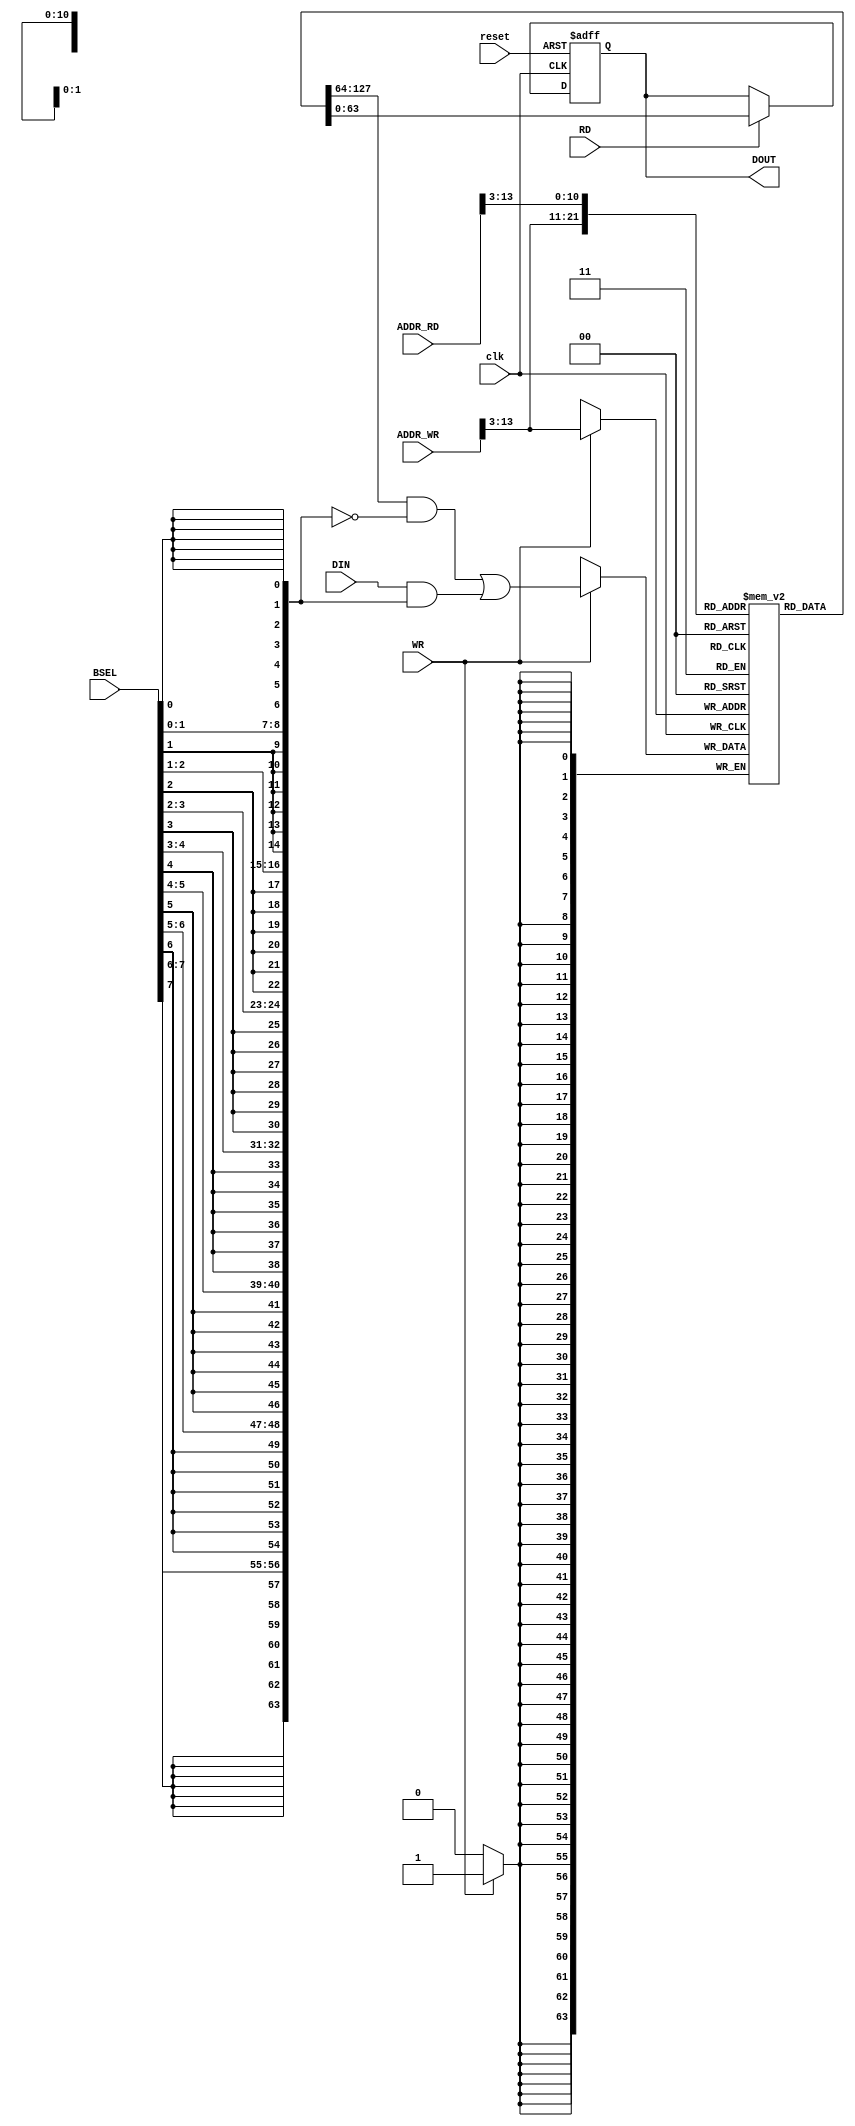
//------------------------------------------------------------------
//-- File generated by RobustVerilog parser
//-- RobustVerilog version 1.2 (limited free version)
//-- Invoked Sun Mar 24 15:39:38 2019
//-- Source file: axi_slave_mem.v
//-- Parent file: axi_slave.v
//-- Run directory: E:/vlsi/axi_slave/run/
//-- Target directory: out/
//-- Command flags: ../src/base/axi_slave.v -od out -I ../src/gen -list list.txt -listpath -header -gui 
//-- www.provartec.com/edatools ... info@provartec.com
//------------------------------------------------------------------






module axi_slave_mem (clk,reset,WR,RD,ADDR_WR,ADDR_RD,DIN,BSEL,DOUT);

   parameter                    MEM_WORDS = 1048;
   parameter                    ADDR_LSB  = 3;
      
   input                        clk;
   input                        reset;
   input                        WR;
   input                        RD;
   input [31:0]                 ADDR_WR;
   input [31:0]                 ADDR_RD;
   input [63:0]                 DIN;
   input [64/8-1:0]             BSEL;
   output [63:0]                DOUT;
   
   reg [64-1:0]          Mem [MEM_WORDS-1:0];
   reg [64-1:0]          DOUT;
   wire [64-1:0]         BitSEL;
   wire [32-1:ADDR_LSB]  ADDR_WR_word = ADDR_WR[32-1:ADDR_LSB];
   wire [32-1:ADDR_LSB]  ADDR_RD_word = ADDR_RD[32-1:ADDR_LSB];

   
   assign                       BitSEL = {{8{BSEL[7]}} , {8{BSEL[6]}} , {8{BSEL[5]}} , {8{BSEL[4]}} , {8{BSEL[3]}} , {8{BSEL[2]}} , {8{BSEL[1]}} , {8{BSEL[0]}}};
   
   always @(posedge clk)
     if (WR)
       Mem[ADDR_WR_word] <= #1 (Mem[ADDR_WR_word] & ~BitSEL) | (DIN & BitSEL);
   
   always @(posedge clk or posedge reset)
     if (reset)
       DOUT <= #1 {64{1'b0}};
     else if (RD) 
       DOUT <= #1 Mem[ADDR_RD_word];

   
endmodule